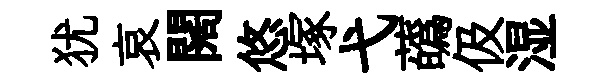
犹哀闊悠塚弋蘤伋湿